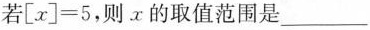
若$$[x]=5$$，则x的取值范围是___